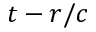
t - r / c